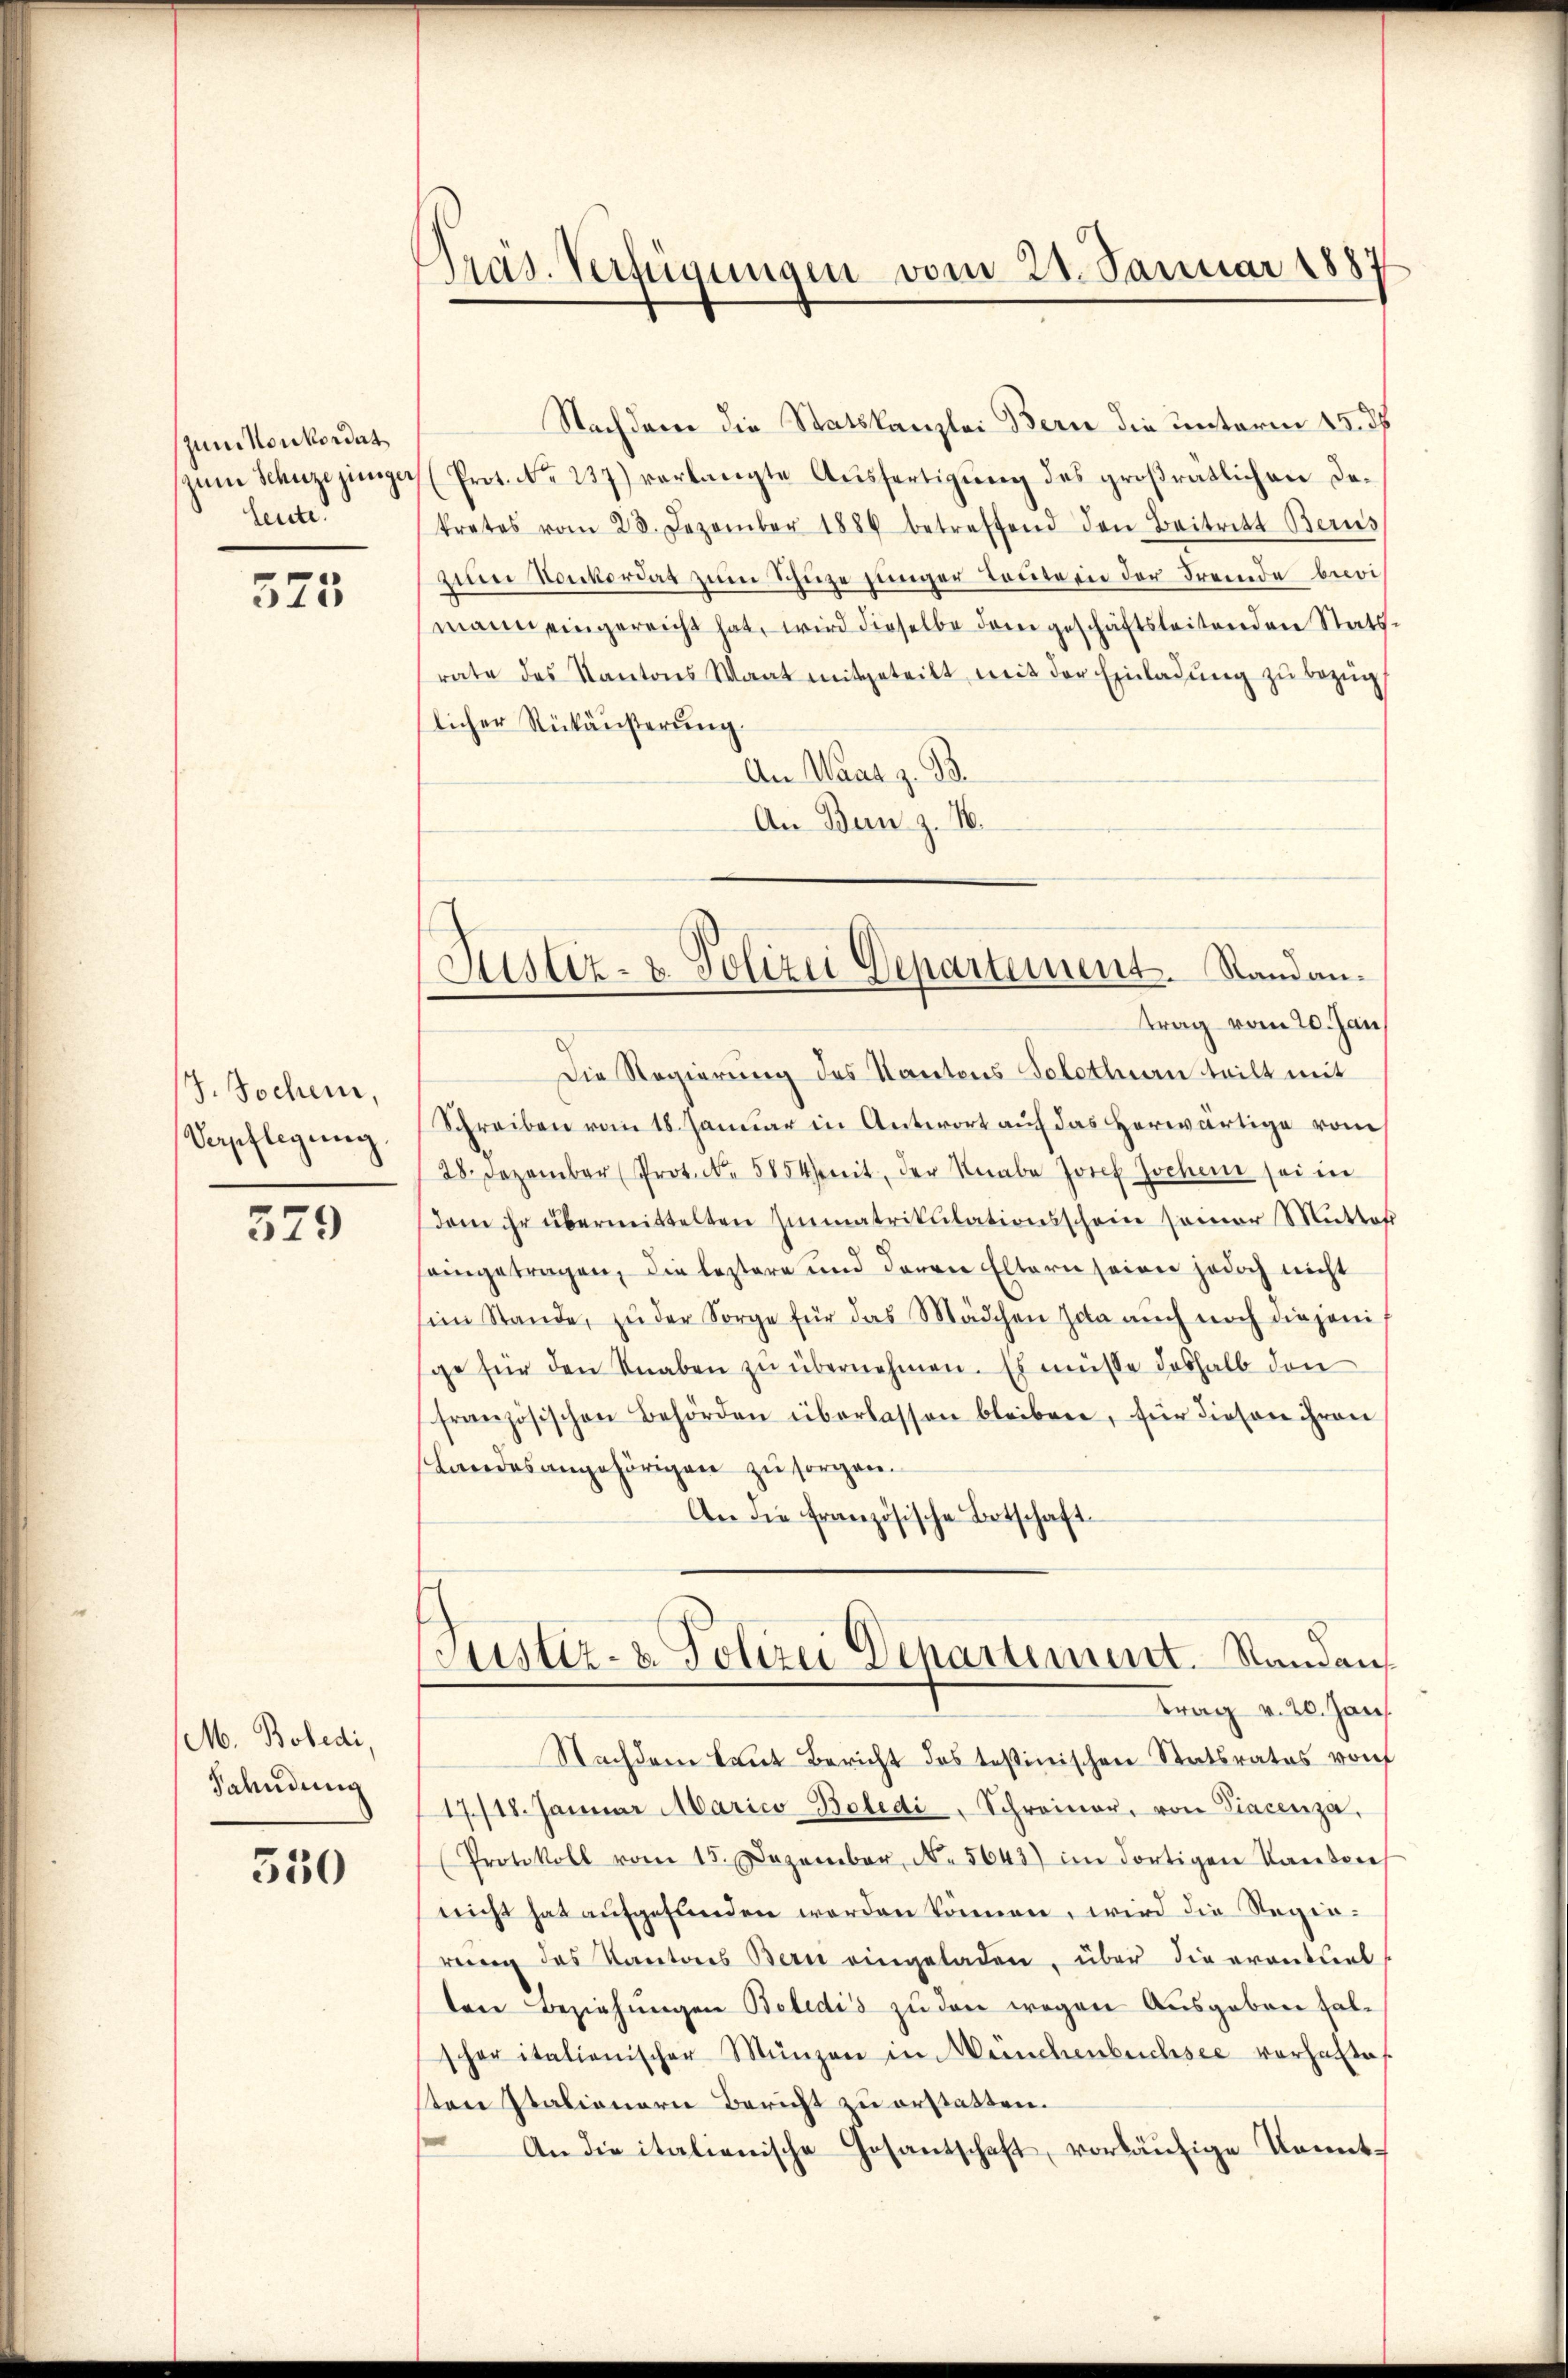
(zum Konkordat
zum Schuze jeniger
Leute.

325

J. Jochen,
Verpflegung.

579

M. Bobedi
Sahndung

550

Präs. Verfügungen vom 23. Januar 1887

Nachdem die Statskanzlei Bern die Unterm 15. ds
Prot. No. 237) verlangte Ausfertigung des großratlichen Dekrates vom 28. Dezember 1884 betreffend den Beitritt Berus
zum Konkordat zum Schüze jünger Toute in der Fremde beimann eingereicht hat, wird dieselbe dem geschäftsleitenden Statsrate des Kantons Waat mitgeteilt mit der Einladŭng zŭ bezüg
licher Rückäußerung.
An Waar z. B.
An Bern z. 16.
trag vom 20. Jan
Die Regierung des Kantons Solothurn teilt mit
Schreiben vom 18. Januar in Antwort auf das herwärtige vom
28. Dezember (Prot. No. 5854 mit der Knabe Josef Jochen sei in
dam ihr übermittelten Immatrikulationsschein seiner Mŭtter
seingetragen, die leztere und deren Eltern seien jedoch nicht
sein Stande, zŭ der Sorge für das Mädchen sola auch noch diejeni
ge für den Knaben zŭ übernehmen. Es müsse deshalb den
französischen Behörden überlassen bleiben, für diesen ihren
Landesangehörigen zu sorgen.
An die französische Betschaft
Justiz- & Polizei Departement. Standaus
Frag v. 20. Jan.
Nachdem laut Bericht des testinischen Statsrates von
17/18. Januar Marico Bolidi, Schreiner, von Piacenza,
(Protokoll vom 15. Dezember N. 5643) im dortigen Kanton
nicht hat aufgefunden worden können, wird die Regierung des Kantons Bern eingeladen, über die erontal
ten Beziehungen Beledis zu den wegen Ausgaben falscher italienischer Münzen in Meuchenbuchsee vorhalte
sten Italianern Bericht zu erstatten.
An die italienische Gesantschaft, vorläufige Kennt¬

Justiz- u. Polizei Departement. Randan¬